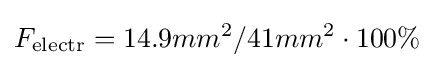
F_{\text{electr}}=14.9mm^{2}/41mm^{2}\cdot 100\%